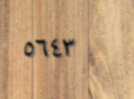
٥٦٤٣